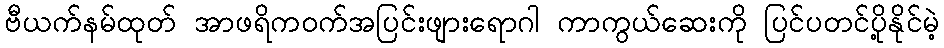
ဗီယက်နမ်ထုတ် အာဖရိကဝက်အပြင်းဖျားရောဂါ ကာကွယ်ဆေးကို ပြင်ပတင်ပို့နိုင်မဲ့